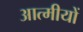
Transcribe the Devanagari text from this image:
आत्मीयों